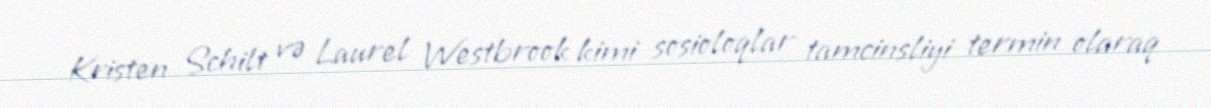
Kristen Schilt və Laurel Westbrook kimi sosioloqlar tamcinsliyi termin olaraq